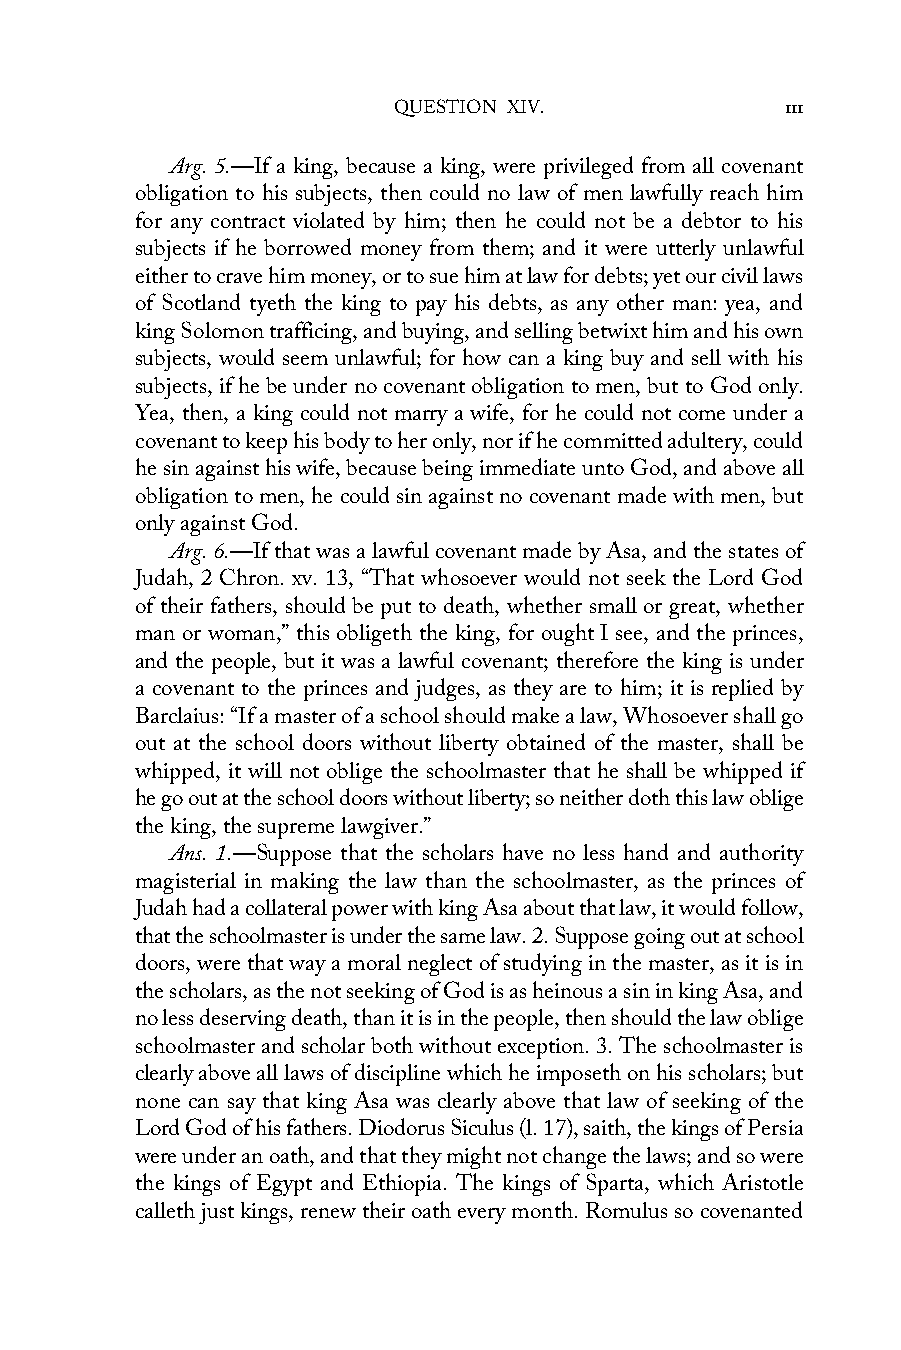
QUESTION XIV.             111
 Arg. 5.—If a king, because a king, were privileged from all covenant
 obligation to his subjects, then could no law of men lawfully reach him
 for any contract violated by him; then he could not be a debtor to his
 subjects if he borrowed money from them; and it were utterly unlawful
 either to crave him money, or to sue him at law for debts; yet our civil laws
 of Scotland tyeth the king to pay his debts, as any other man: yea, and
 king Solomon trafficing, and buying, and selling betwixt him and his own
 subjects, would seem unlawful; for how can a king buy and sell with his
 subjects, if he be under no covenant obligation to men, but to God only.
 Yea, then, a king could not marry a wife, for he could not come under a
 covenant to keep his body to her only, nor if he committed adultery, could
 he sin against his wife, because being immediate unto God, and above all
 obligation to men, he could sin against no covenant made with men, but
 only against God.
 Arg. 6.—If that was a lawful covenant made by Asa, and the states of
 Judah, 2 Chron. xv. 13, “That whosoever would not seek the Lord God
 of their fathers, should be put to death, whether small or great, whether
 man or woman,” this obligeth the king, for ought I see, and the princes,
 and the people, but it was a lawful covenant; therefore the king is under
 a covenant to the princes and judges, as they are to him; it is replied by
 Barclaius: “If a master of a school should make a law, Whosoever shall go
 out at the school doors without liberty obtained of the master, shall be
 whipped, it will not oblige the schoolmaster that he shall be whipped if
 he go out at the school doors without liberty; so neither doth this law oblige
 the king, the supreme lawgiver.”
 Ans. 1.—Suppose that the scholars have no less hand and authority
 magisterial in making the law than the schoolmaster, as the princes of
 Judah had a collateral power with king Asa about that law, it would follow,
 that the schoolmaster is under the same law. 2. Suppose going out at school
 doors, were that way a moral neglect of studying in the master, as it is in
 the scholars, as the not seeking of God is as heinous a sin in king Asa, and
 no less deserving death, than it is in the people, then should the law oblige
 schoolmaster and scholar both without exception. 3. The schoolmaster is
 clearly above all laws of discipline which he imposeth on his scholars; but
 none can say that king Asa was clearly above that law of seeking of the
 Lord God of his fathers. Diodorus Siculus (l. 17), saith, the kings of Persia
 were under an oath, and that they might not change the laws; and so were
 the kings of Egypt and Ethiopia. The kings of Sparta, which Aristotle
 calleth just kings, renew their oath every month. Romulus so covenanted